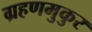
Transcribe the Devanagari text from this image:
ग्रहणमुकुर